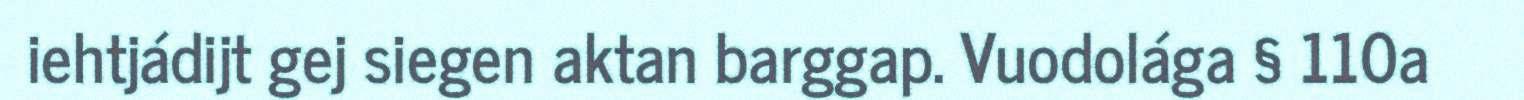
iehtjádijt gej siegen aktan barggap. Vuodolága § 110a